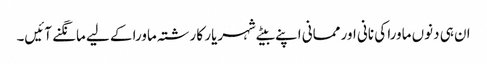
ان ہی دنوں ماورا کی نانی اور ممانی اپنے بیٹے شہریار کا رشتہ ماورا کے لیے مانگنے آئیں۔